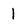
Character: l